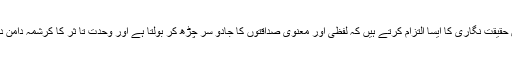
وہ افسانوں میں حقیقت نگاری کا ایسا التزام کرتے ہیں کہ لفظی اور معنوی صداقتوں کا جادو سر چڑھ کر بولتا ہے اور وحدت تا ثر کا کرشمہ دامن دل کھینچتا ہے۔